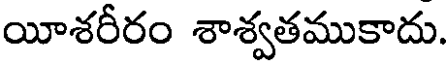
యీశరీరం శాశ్వతముకాదు.